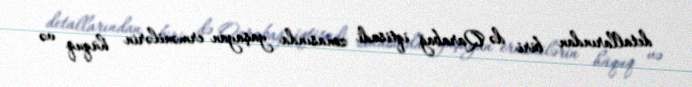
detallarından biri də Qarabağ iqtisadi zonasında yaşayan ermənilərin hüquq və